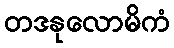
တဒနုလောမိကံ